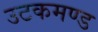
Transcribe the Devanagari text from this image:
उटकमण्ड